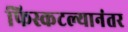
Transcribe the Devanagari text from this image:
फिस्कटल्यानंतर